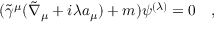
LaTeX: ( \tilde { \gamma } ^ { \mu } ( \tilde { \nabla } _ { \mu } + i \lambda a _ { \mu } ) + m ) \psi ^ { ( \lambda ) } = 0 ~ ~ ~ ,